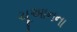
ચૂઆનના